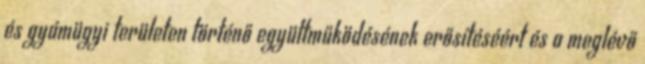
és gyámügyi területen történő együttműködésének erősítéséért és a meglévő